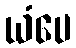
ယံပေ